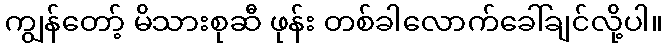
ကျွန်တော့် မိသားစုဆီ ဖုန်း တစ်ခါလောက်ခေါ်ချင်လို့ပါ။